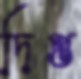
দিপ্ত